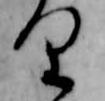
り